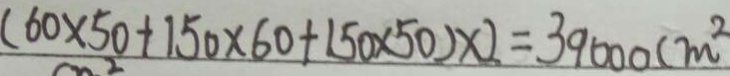
( 6 0 \times 5 0 + 1 5 0 \times 6 0 + 1 5 0 \times 5 0 ) \times 2 = 3 9 0 0 0 ( m ^ { 2 }